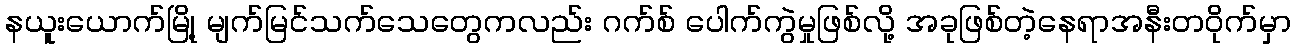
နယူးယောက်မြို့ မျက်မြင်သက်သေတွေကလည်း ဂက်စ် ပေါက်ကွဲမှုဖြစ်လို့ အခုဖြစ်တဲ့နေရာအနီးတဝိုက်မှာ